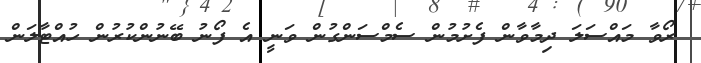
ރޯވާ މައްސަލަ ދިމާވާން ފެށުމުން ސެމްސަންގުން ވަނީ އެ ފޯނު ބޭނުންކުރުން ހުއްޓާލަން